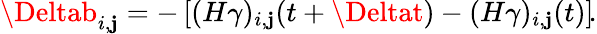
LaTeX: \Deltab_{i,\mathbf{j}}=-\left[(H\gamma)_{i,\mathbf{j}}(t+\Deltat)-(H\gamma)_{i,\mathbf{j}}(t)\right]\! .